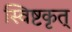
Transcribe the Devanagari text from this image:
स्विष्टकृत्